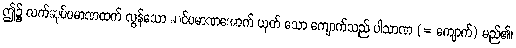
ဤ၌ လက်ဆုပ်ပမာဏထက် လွန်သော ဆင်ပမာဏအောက် ယုတ် သော ကျောက်သည် ပါသာဏ (= ကျောက်) မည်၏၊